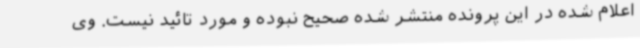
اعلام شده در این پرونده منتشر شده صحیح نبوده و مورد تائید نیست. وی